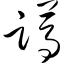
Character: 蹲